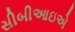
સીબીઆઇએ